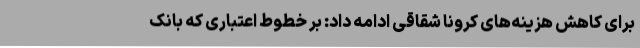
برای کاهش هزینه‌های کرونا شقاقی ادامه داد: بر خطوط اعتباری که بانک